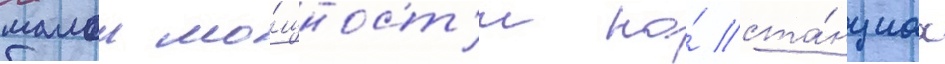
малои мо́щност'и на́ ста́нциах